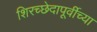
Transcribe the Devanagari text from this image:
शिरच्छेदापूर्वीच्या